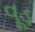
વૂડ